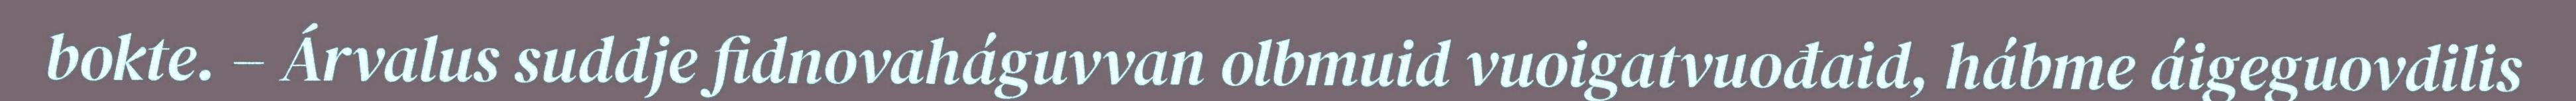
bokte. – Árvalus suddje fidnovaháguvvan olbmuid vuoigatvuođaid, hábme áigeguovdilis